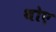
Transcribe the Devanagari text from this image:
थोए